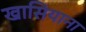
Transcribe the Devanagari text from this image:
खासियाना